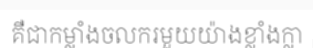
គឺជាកម្លាំងចលករមួយយ៉ាងខ្លាំងក្លា